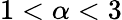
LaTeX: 1<\alpha<3